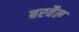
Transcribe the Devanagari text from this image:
बरवैल